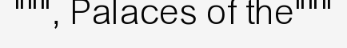
""", Palaces of the"""